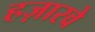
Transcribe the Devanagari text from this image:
हज़ारवे